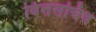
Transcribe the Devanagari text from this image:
वित्तसचिव